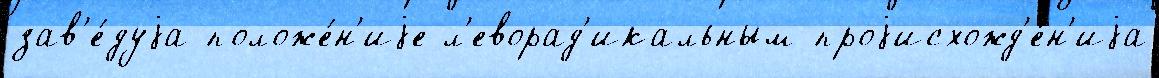
зав'е́дуjа положе́н'иjе л'еворад'икальным проjисхожд'е́н'иjа